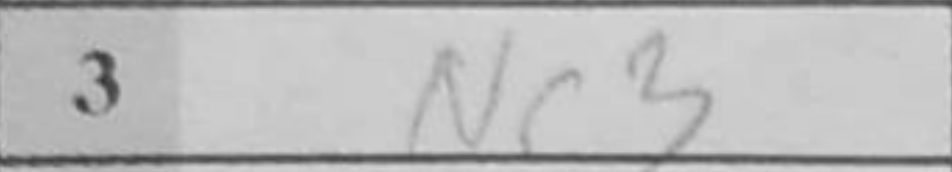
Transcription: Nc3